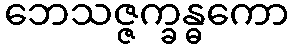
ဘေသဇ္ဇက္ခန္ဓကော